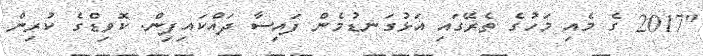
"2017 ގެ މެއި މަހުގެ ތެރޭގައި އަޅުގަނޑުމެން ފައިސާ ދައްކައިފިން. ކޮވިޑްގެ ކުރިން